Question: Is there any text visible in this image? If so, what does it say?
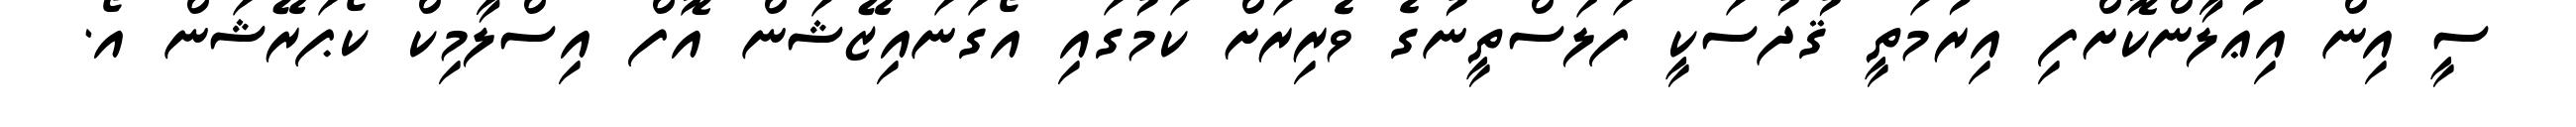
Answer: ސީ އިން އިޢުލާންކޮށްފި އިރުމަތީ ޤުދުސަކީ ފަލަސްތީނުގެ ވެރިރަށް ކަމުގައި އޯގަނައިޒޭޝަން އޮފް އިސްލާމިކް ކޯޕަރޭޝަން އޯ.